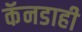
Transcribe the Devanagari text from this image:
कॅनडाही